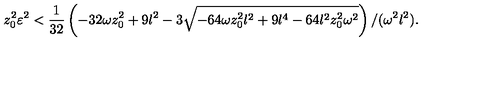
z _ { 0 } ^ { 2 } \varepsilon ^ { 2 } < { \frac { 1 } { 3 2 } } \left( - 3 2 \omega z _ { 0 } ^ { 2 } + 9 l ^ { 2 } - 3 \sqrt { - 6 4 \omega z _ { 0 } ^ { 2 } l ^ { 2 } + 9 l ^ { 4 } - 6 4 l ^ { 2 } z _ { 0 } ^ { 2 } \omega ^ { 2 } } \right) / ( \omega ^ { 2 } l ^ { 2 } ) .